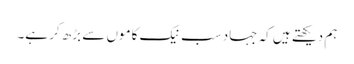
ہم دیکھتے ہیں کہ جہاد سب نیک کاموں سے بڑھ کر ہے۔